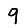
Digit: 9